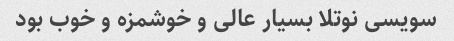
سویسی نوتلا بسیار عالی و خوشمزه و خوب بود